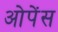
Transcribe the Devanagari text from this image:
ओपेंस